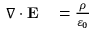
\begin{array} { r l } { \nabla \cdot \mathbf { E } } & { { } = { \frac { \rho } { \varepsilon _ { 0 } } } } \end{array}